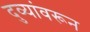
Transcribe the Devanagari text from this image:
दुव्यांवरून